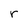
Character: r